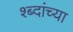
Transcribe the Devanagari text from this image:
श्ब्दांच्या